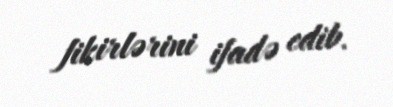
fikirlərini ifadə edib.